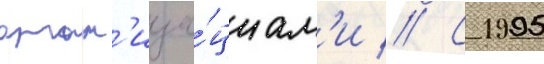
орган'иза́циам'и // С 1995